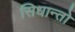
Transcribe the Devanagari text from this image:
सिधान्तो